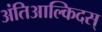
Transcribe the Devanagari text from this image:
अंतिआल्किदस्